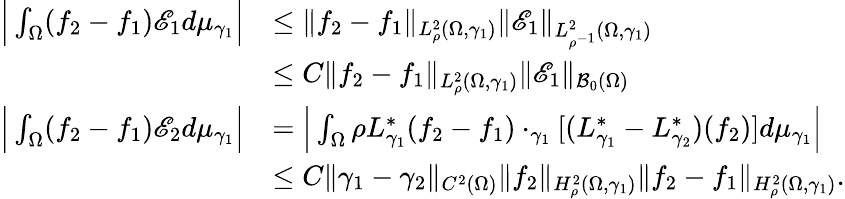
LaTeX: \begin{array}{rl}{\Big|\int_{\Omega}(f_{2}-f_{1})\mathscr E_{1}d\mu_{\gamma_{1}}\Big|}&{\leq\| f_{2}-f_{1}\| _{L_{\rho}^{2}(\Omega,\gamma_{1})}\| \mathscr E_{1}\| _{L_{\rho^{-1}}^{2}(\Omega,\gamma_{1})}}\\ &{\leq C\| f_{2}-f_{1}\| _{L_{\rho}^{2}(\Omega,\gamma_{1})}\| \mathscr E_{1}\| _{\mathcal B_{0}(\Omega)}}\\ {\Big|\int_{\Omega}(f_{2}-f_{1})\mathscr E_{2}d\mu_{\gamma_{1}}\Big|}&{=\Big|\int_{\Omega}\rho L_{\gamma_{1}}^{*}(f_{2}-f_{1})\cdot_{\gamma_{1}}[(L_{\gamma_{1}}^{*}-L_{\gamma_{2}}^{*})(f_{2})]d\mu_{\gamma_{1}}\Big|}\\ &{\leq C\| \gamma_{1}-\gamma_{2}\| _{C^{2}(\Omega)}\| f_{2}\| _{H_{\rho}^{2}(\Omega,\gamma_{1})}\| f_{2}-f_{1}\| _{H_{\rho}^{2}(\Omega,\gamma_{1})}.}\end{array}